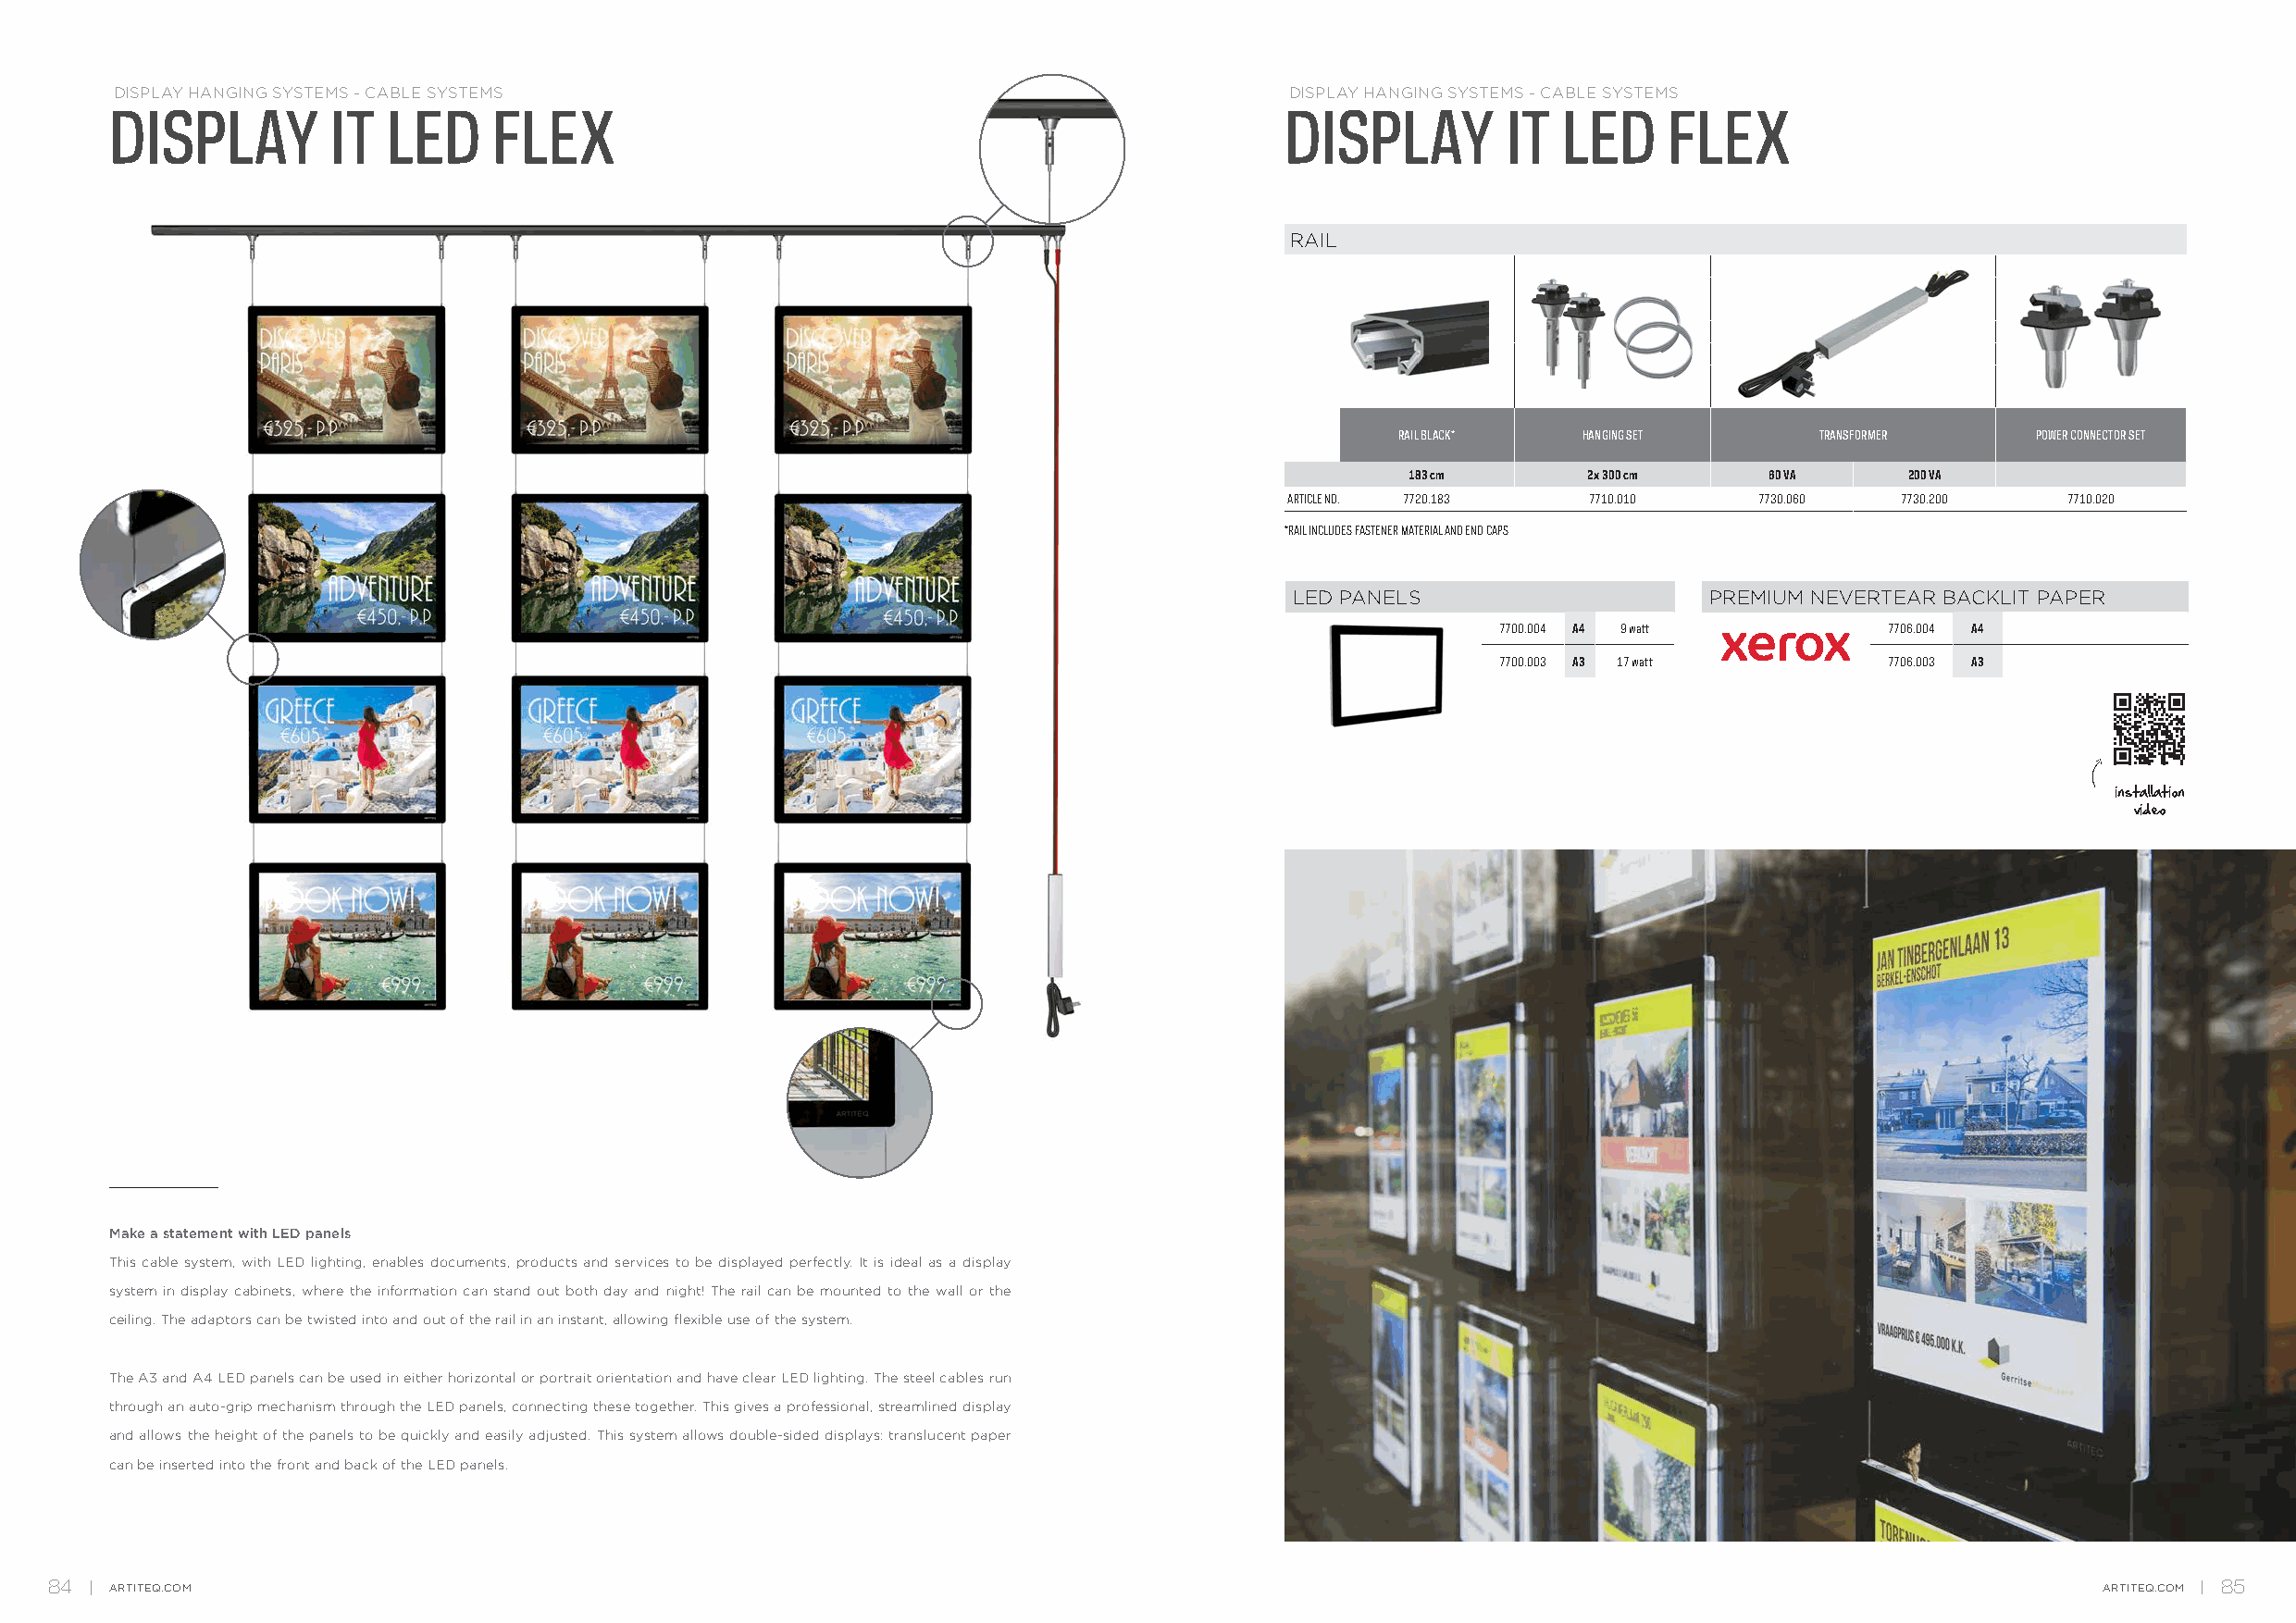
DISPLAY HANGING SYSTEMS - CABLE SYSTEMS                                             DISPLAY HANGING SYSTEMS - CABLE SYSTEMS
 DISPLAY         IT  LED    FLEX                                                     DISPLAY         IT  LED    FLEX
 RAIL
 RAIL BLACK*  HANGING SET      TRANSFORMER     POWER CONNECTOR SET
 183 cm       2x 300 cm    60 VA    200 VA
 ARTICLE NO. 7720.183  7710.010    7730.060  7730.200    7710.020
 *RAIL INCLUDES FASTENER MATERIAL AND END CAPS
 LED PANELS                    PREMIUM NEVERTEAR BACKLIT PAPER
 7700.004 A4 9 watt          7706.004 A4
 7700.003 A3 17 watt         7706.003 A3
 installation
 video
 Make a statement with LED panels
 This cable system, with LED lighting, enables documents, products and services to be displayed perfectly. It is ideal as a display
 system in display cabinets, where the information can stand out both day and night! The rail can be mounted to the wall or the
 ceiling. The adaptors can be twisted into and out of the rail in an instant, allowing flexible use of the system.
 The A3 and A4 LED panels can be used in either horizontal or portrait orientation and have clear LED lighting. The steel cables run
 through an auto-grip mechanism through the LED panels, connecting these together. This gives a professional, streamlined display
 and allows the height of the panels to be quickly and easily adjusted. This system allows double-sided displays: translucent paper
 can be inserted into the front and back of the LED panels.
 84   ARTITEQ.COM                                                                                                                                   ARTITEQ.COM 85